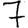
Digit: 7